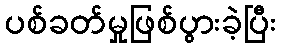
ပစ်ခတ်မှုဖြစ်ပွားခဲ့ပြီး